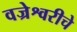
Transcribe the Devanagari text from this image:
वज्रेश्वरीचे